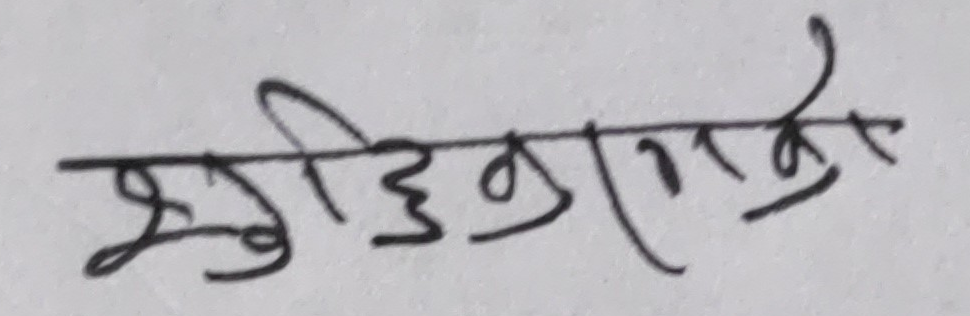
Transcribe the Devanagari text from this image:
सुडिणणाणको